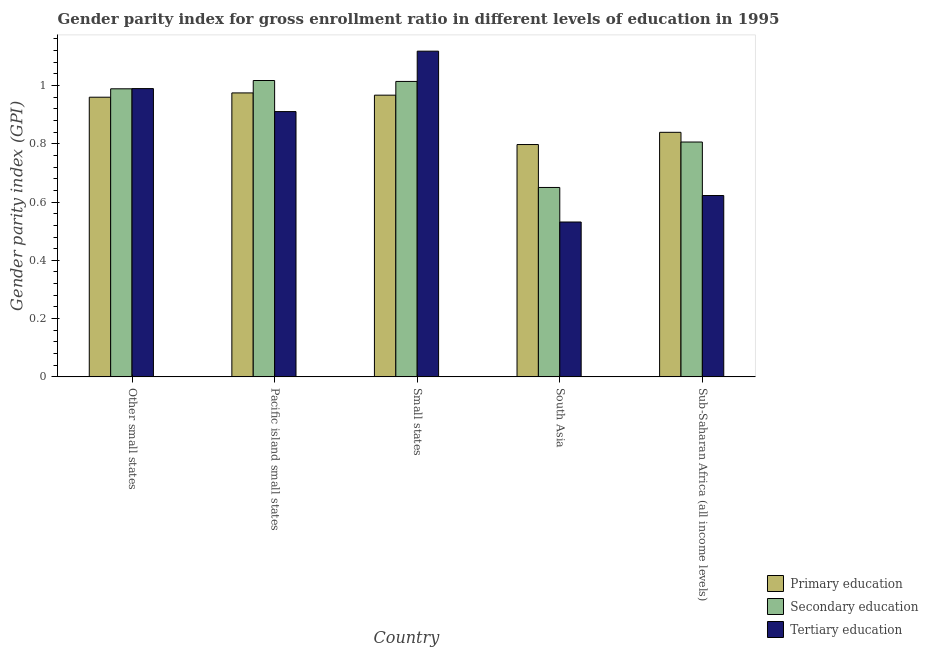
| Country | Primary education | Secondary education | Tertiary education |
 | --- | --- | --- | --- |
 | Other small states | 0.96 | 0.989 | 0.99 |
 | Pacific island small states | 0.975 | 1.02 | 0.911 |
 | Small states | 0.967 | 1.01 | 1.12 |
 | South Asia | 0.797 | 0.65 | 0.532 |
 | Sub-Saharan Africa (all income levels) | 0.839 | 0.806 | 0.623 |